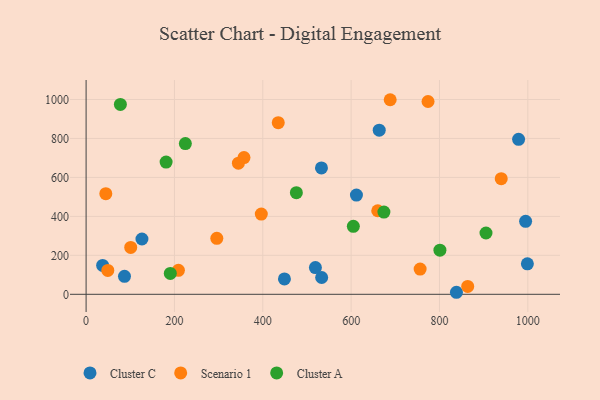
{"axis": {"x": "Price", "y": "Demand"}, "legend": ["Cluster A", "Cluster C", "Scenario 1"], "data": [{"x": "86.9", "y": 92.4, "type": "Cluster C"}, {"x": "663.6", "y": 842.4, "type": "Cluster C"}, {"x": "533.3", "y": 86.3, "type": "Cluster C"}, {"x": "995.0", "y": 374.8, "type": "Cluster C"}, {"x": "979.1", "y": 795.5, "type": "Cluster C"}, {"x": "612.0", "y": 509.5, "type": "Cluster C"}, {"x": "519.1", "y": 137.3, "type": "Cluster C"}, {"x": "999.0", "y": 156.5, "type": "Cluster C"}, {"x": "449.0", "y": 78.9, "type": "Cluster C"}, {"x": "126.4", "y": 284.0, "type": "Cluster C"}, {"x": "838.4", "y": 10.4, "type": "Cluster C"}, {"x": "532.8", "y": 648.8, "type": "Cluster C"}, {"x": "37.4", "y": 148.0, "type": "Cluster C"}, {"x": "49.1", "y": 122.8, "type": "Scenario 1"}, {"x": "209.0", "y": 123.1, "type": "Scenario 1"}, {"x": "396.6", "y": 411.6, "type": "Scenario 1"}, {"x": "660.2", "y": 429.0, "type": "Scenario 1"}, {"x": "101.0", "y": 240.7, "type": "Scenario 1"}, {"x": "688.4", "y": 998.8, "type": "Scenario 1"}, {"x": "435.0", "y": 881.0, "type": "Scenario 1"}, {"x": "863.9", "y": 40.6, "type": "Scenario 1"}, {"x": "939.8", "y": 593.7, "type": "Scenario 1"}, {"x": "756.2", "y": 129.5, "type": "Scenario 1"}, {"x": "44.6", "y": 516.6, "type": "Scenario 1"}, {"x": "357.4", "y": 701.6, "type": "Scenario 1"}, {"x": "774.1", "y": 989.6, "type": "Scenario 1"}, {"x": "295.9", "y": 287.4, "type": "Scenario 1"}, {"x": "344.8", "y": 673.2, "type": "Scenario 1"}, {"x": "181.1", "y": 678.7, "type": "Cluster A"}, {"x": "224.7", "y": 773.8, "type": "Cluster A"}, {"x": "476.0", "y": 521.5, "type": "Cluster A"}, {"x": "190.6", "y": 107.2, "type": "Cluster A"}, {"x": "77.6", "y": 974.5, "type": "Cluster A"}, {"x": "605.0", "y": 348.9, "type": "Cluster A"}, {"x": "674.2", "y": 422.2, "type": "Cluster A"}, {"x": "905.3", "y": 314.6, "type": "Cluster A"}, {"x": "801.0", "y": 226.4, "type": "Cluster A"}]}